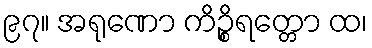
၉၇။ အရုဏော ကိဉ္စိရတ္တော ထ၊